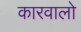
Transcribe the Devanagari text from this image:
कारवालो